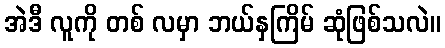
အဲဒီ လူကို တစ် လမှာ ဘယ်နှကြိမ် ဆုံဖြစ်သလဲ။